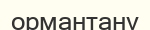
ормантану